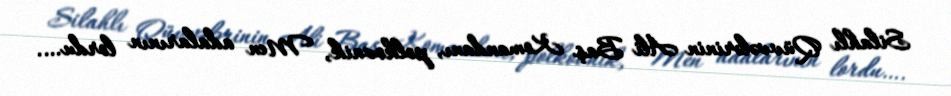
Silahlı Qüvvələrinin Ali Baş Komandanı, polkovnik, Men adalarının lordu….